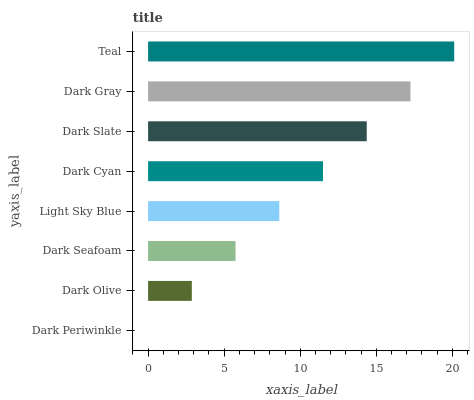
| yaxis_label | bars |
 | --- | --- |
 | Dark Periwinkle | 0 |
 | Dark Olive | 2.87 |
 | Dark Seafoam | 5.75 |
 | Light Sky Blue | 8.62 |
 | Dark Cyan | 11.5 |
 | Dark Slate | 14.4 |
 | Dark Gray | 17.2 |
 | Teal | 20.1 |